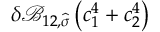
\delta \mathcal { B } _ { 1 2 , \widehat { \boldsymbol { \sigma } } } \left( c _ { 1 } ^ { 4 } + c _ { 2 } ^ { 4 } \right)